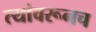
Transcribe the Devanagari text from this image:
त्यांवरूनच